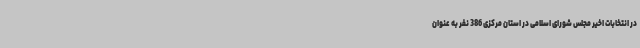
در انتخابات اخیر مجلس شورای اسلامی در استان مرکزی 386 نفر به عنوان